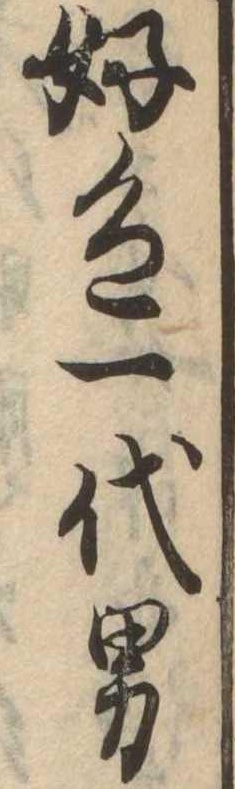
好色一代男